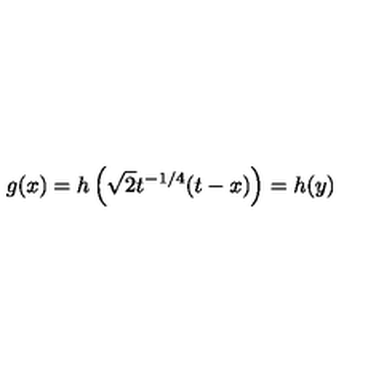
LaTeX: g ( x ) = h \left( \sqrt { 2 } t ^ { - 1 / 4 } ( t - x ) \right) = h ( y )